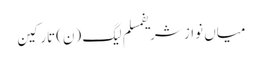
میاں نواز شریفمسلم لیگ (ن)تارکین